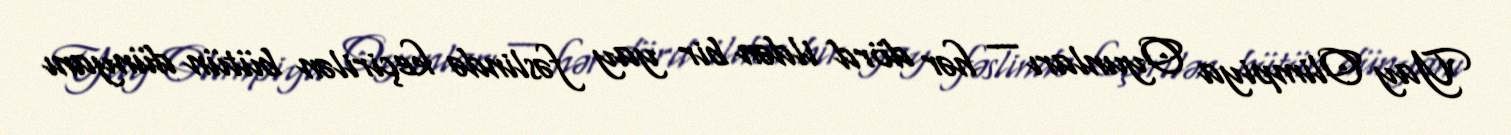
Yay Olimpiya Oyunları — hər dörd ildən bir yay fəslində keçirilən bütün dünyanı